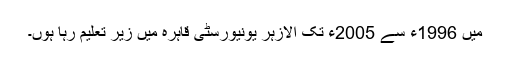
میں 1996ء سے 2005ء تک الازہر یونیورسٹی قاہرہ میں زیر تعلیم رہا ہوں۔